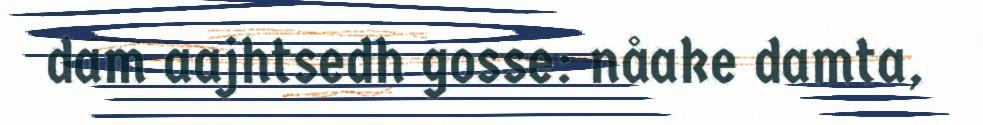
dam aajhtsedh gosse: nåake damta,